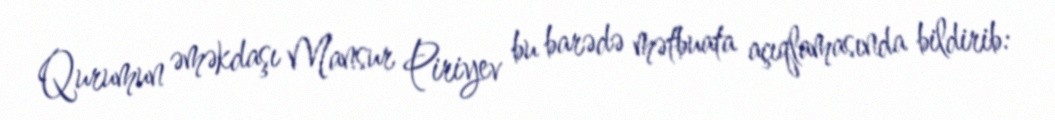
Qurumun əməkdaşı Mansur Piriyev bu barədə mətbuata açıqlamasında bildirib: